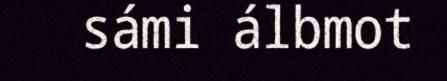
sámi álbmot